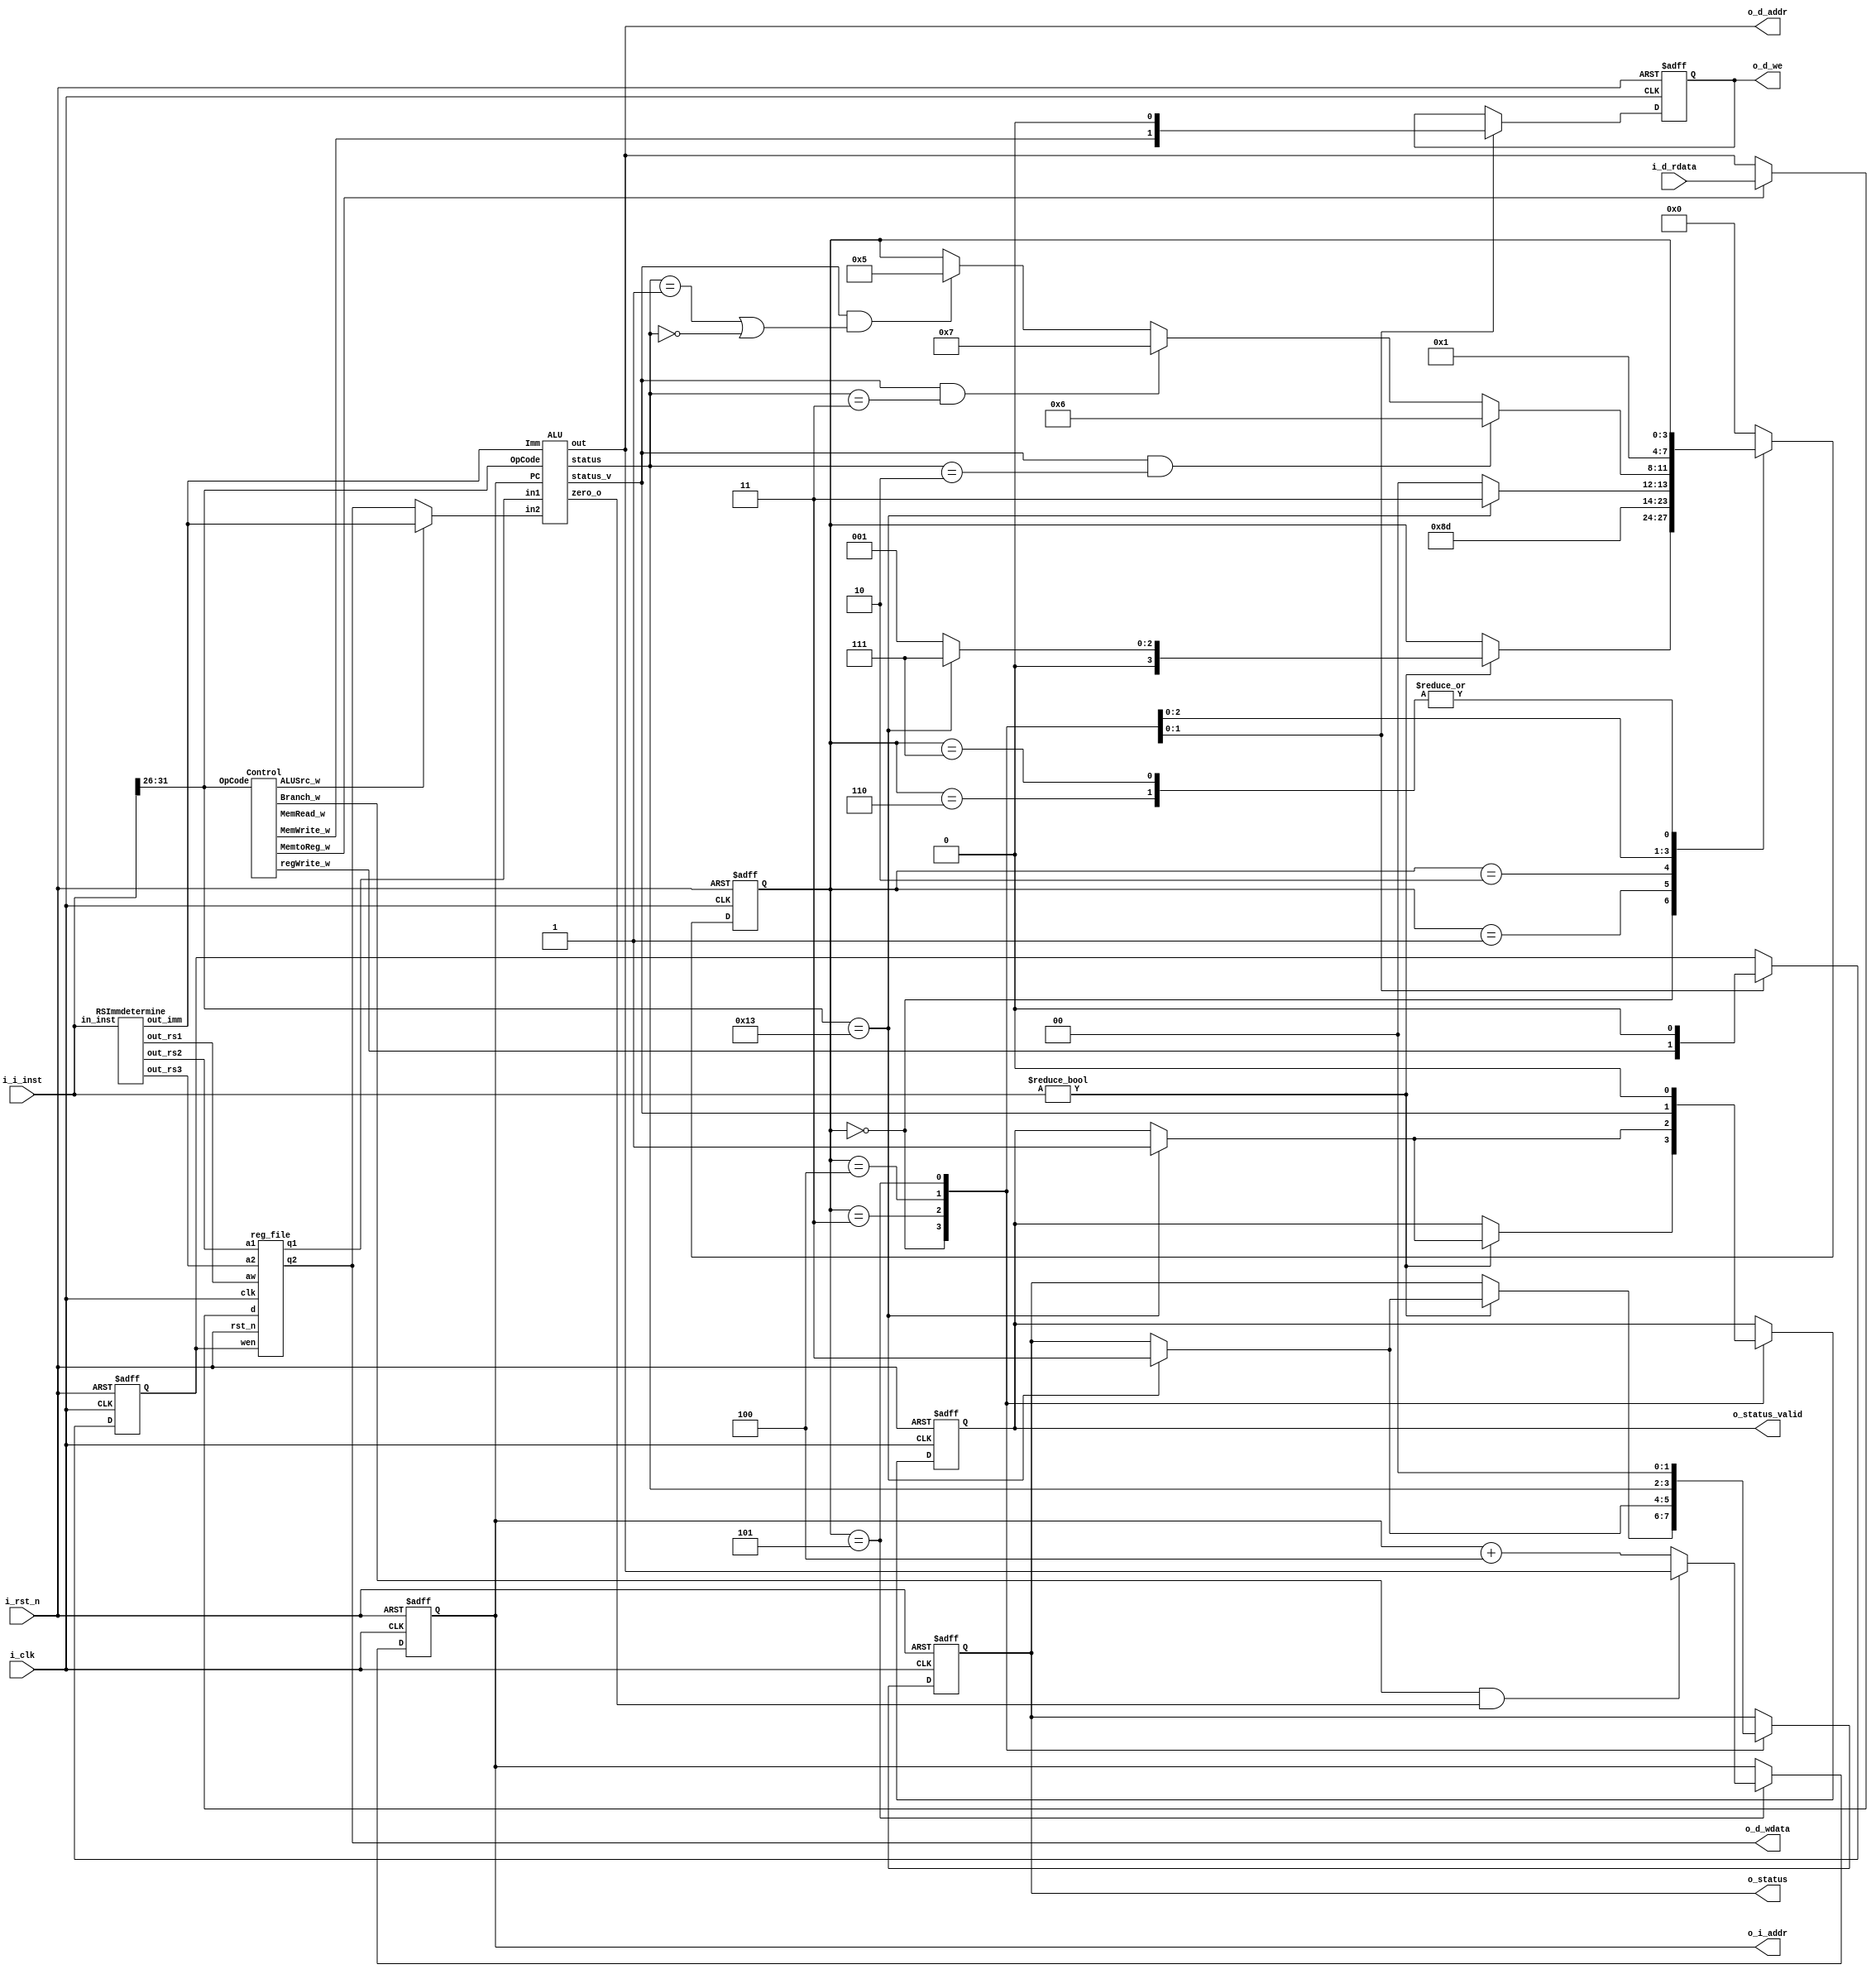
module core #(                             //Don't modify interface
	parameter ADDR_W = 32,
	parameter INST_W = 32,
	parameter DATA_W = 32
)(
	input                   i_clk,
	input                   i_rst_n,
	output [ ADDR_W-1 : 0 ] o_i_addr,
	input  [ INST_W-1 : 0 ] i_i_inst,
	output                  o_d_we,
	output [ ADDR_W-1 : 0 ] o_d_addr,
	output [ DATA_W-1 : 0 ] o_d_wdata,
	input  [ DATA_W-1 : 0 ] i_d_rdata,
	output [        1 : 0 ] o_status,
	output                  o_status_valid
);

// ---------------------------------------------------------------------------
// Wires and Registers
// ---------------------------------------------------------------------------
// ---- Add your own wires and registers here if needed ---- //
// Definition of states
parameter   IDLE    	= 4'd0;
parameter   INST_FETCH  = 4'd1;
parameter   INST_DECOD  = 4'd2;
parameter   ALU_LD     	= 4'd3;
parameter   DATA_WB     = 4'd4;
parameter   PC_NEXT		= 4'd5;
parameter   PROCESS_OVERFLOW = 4'd6;
parameter   PROCESS_END = 4'd7;
reg    [3:0]state, state_nxt;

// Regfile
reg    [ADDR_W-1:0] PC          ;             
reg    [ADDR_W-1:0] PC_nxt      ;              
wire          	  regWrite    ;              
wire   [ 4:0]     rs1, rs2, rs3;            
wire   [DATA_W-1:0] rs1_data    ;              
wire   [DATA_W-1:0] rs2_data    ;              
wire   [DATA_W-1:0] rs3_data     ;
// PC
wire   [DATA_W-1:0] PC_nxt_4;       // PC+4
// ImmediateGeneration
wire   [DATA_W-1:0] Immediate;      // immediate expansion
// Control
wire        Branch;
wire        MemRead;
wire        MemtoReg;
wire        MemWrite;
wire        WriteReg;
wire        ALUSrc;
// ALU
wire [DATA_W-1:0] PC_tmp;
wire [DATA_W-1:0] ALU_in1;
wire [DATA_W-1:0] ALU_in2;
wire [DATA_W-1:0] ALU_out;
wire        ALU_zero;
wire [1:0]	status;
wire		status_v;

reg  [1:0]	status_r, status_w;
reg		    status_v_r, status_v_w;
reg			MemWrite_r, MemWrite_w;
reg			regWrite_r, regWrite_w;
// ---------------------------------------------------------------------------
// Continuous Assignment
// ---------------------------------------------------------------------------
// ---- Add your own wire data assignments here if needed ---- //
assign o_i_addr 	  = PC;
assign o_d_we 		  = MemWrite_r;
assign o_d_addr 	  = ALU_out;
assign o_d_wdata 	  = rs3_data;
assign o_status 	  = status_r;
assign o_status_valid = status_v_r;

assign regWrite = regWrite_r;
assign rs1_data = ( (MemtoReg) ? i_d_rdata : ALU_out);
assign PC_tmp = PC;
assign PC_nxt_4 = (PC + 32'd4);
assign ALU_in1 = rs2_data;
assign ALU_in2 = (ALUSrc ? Immediate : rs3_data);

reg_file reg0(                           
    .clk(i_clk),                           
    .rst_n(i_rst_n),                       
    .wen(regWrite),                      
	.a1(rs2),                            
	.a2(rs3),                            
	.aw(rs1),                             
	.d(rs1_data),                         
	.q1(rs2_data),                       
	.q2(rs3_data));

RSImmdetermine rs0(
	.in_inst(i_i_inst),
	.out_rs1(rs1),
	.out_rs2(rs2),
	.out_rs3(rs3),
	.out_imm(Immediate));

Control c1(
	.OpCode(i_i_inst[31:26]), 
	.Branch_w(Branch),
	.MemRead_w(MemRead), 
	.MemtoReg_w(MemtoReg),	
	.MemWrite_w(MemWrite),
	.regWrite_w(WriteReg),
	.ALUSrc_w(ALUSrc));

ALU alu1(
	.OpCode(i_i_inst[31:26]),
	.PC(PC_tmp),
	.Imm(Immediate),
	.in1(ALU_in1), 
	.in2(ALU_in2), 
	.out(ALU_out),
	.zero_o(ALU_zero),
	.status(status),
	.status_v(status_v));
// ---------------------------------------------------------------------------
// Combinational Blocks
// ---------------------------------------------------------------------------
// ---- Write your conbinational block design here ---- //
always @(*)
begin
	status_w = status_r;
	status_v_w = status_v_r;
	MemWrite_w = MemWrite_r;
	regWrite_w = regWrite_r;
	case(state)
		IDLE:
		begin
			if(i_i_inst != 0)
			begin
				if( i_i_inst[31:26] == 6'd19 )
				begin
					status_w = 3;
					status_v_w = 1;
					PC_nxt = PC;
				    state_nxt = PROCESS_END;
				end
				else
				begin
					PC_nxt = PC;
					state_nxt = INST_FETCH;
				end
			end
			else
			begin
				PC_nxt = PC;
				state_nxt = state;
			end
		end
		INST_FETCH:
		begin
			PC_nxt = PC;
			state_nxt = INST_DECOD;
		end
		INST_DECOD:
		begin
			PC_nxt = PC;
			state_nxt = ALU_LD;
		end
		ALU_LD:
		begin
			if( i_i_inst[31:26] == 6'd19 )
				begin
					status_w = 3;
					status_v_w = 1;
					PC_nxt = PC;
				    state_nxt = PROCESS_END;
				end
			else
			begin	
				PC_nxt = PC;
				state_nxt = DATA_WB;
			end
		end
		DATA_WB:
		begin
			MemWrite_w = MemWrite;
			regWrite_w = WriteReg;
			status_w = status;
			status_v_w = status_v;
			if(status_v && (status == 2)) 
			begin
				PC_nxt = PC;
				state_nxt = PROCESS_OVERFLOW;
			end
			else if(status_v && (status ==3)) 
			begin
				PC_nxt = PC;
				state_nxt = PROCESS_END;
			end
			else if(status_v && (status == 1 || status == 0)) 
			begin
				PC_nxt = PC;
				state_nxt = PC_NEXT;
			end
			else
			begin
				PC_nxt = PC;
				state_nxt = state;
			end
		end
		PC_NEXT:
		begin
			status_w = 0;
			status_v_w = 0;
			MemWrite_w = 0;
			regWrite_w = 0;
			PC_nxt = (Branch && ALU_zero) ? ALU_out : PC_nxt_4;
			state_nxt = INST_FETCH;
		end
		PROCESS_OVERFLOW:
		begin
			PC_nxt = PC;
			state_nxt = state;
		end
		PROCESS_END:
		begin
			PC_nxt = PC;
			state_nxt = state;
		end
		default :
		begin
			PC_nxt = PC;
			state_nxt = IDLE;
		end
	endcase
end

// ---------------------------------------------------------------------------
// Sequential Block
// ---------------------------------------------------------------------------
// ---- Write your sequential block design here ---- //
always @(posedge i_clk or negedge i_rst_n) begin
	if (!i_rst_n) 
	begin
		PC <= 32'd0;
		state <= IDLE;
		status_r = 0;
		status_v_r = 0;
		MemWrite_r = 0;
		regWrite_r = 0;
	end
	else 
	begin
		PC <= PC_nxt;
		state <= state_nxt;
		status_r = status_w;
		status_v_r = status_v_w;
		MemWrite_r = MemWrite_w;
		regWrite_r = regWrite_w;
	end
end
endmodule

module reg_file(clk, rst_n, wen, a1, a2, aw, d, q1, q2);
    parameter BITS = 32;
    parameter word_depth = 32;
    parameter addr_width = 5; // 2^addr_width >= word_depth

    input clk, rst_n, wen; // wen: 0:read | 1:write
    input [BITS-1:0] d;
    input [addr_width-1:0] a1, a2, aw;

    output [BITS-1:0] q1, q2;

    reg [BITS-1:0] mem [0:word_depth-1];
    reg [BITS-1:0] mem_nxt [0:word_depth-1];

    integer i;

    assign q1 = mem[a1];
    assign q2 = mem[a2];

    always @(*) begin
        for (i=0; i<word_depth; i=i+1)
            mem_nxt[i] = (wen && (aw == i)) ? d : mem[i];
    end

    always @(posedge clk or negedge rst_n) begin
        if (!rst_n) begin
            for (i=0; i<word_depth; i=i+1)
            	mem[i] <= 32'h0;
        end
        else begin
            for (i=0; i<word_depth; i=i+1)
                mem[i] <= mem_nxt[i];
        end
    end
endmodule

module RSImmdetermine(in_inst, out_rs1, out_rs2, out_rs3, out_imm);
    input [31:0] in_inst;

	output reg [4:0] out_rs1;
	output reg [4:0] out_rs2;
	output reg [4:0] out_rs3;
	output reg [31:0] out_imm;

    always @(*)begin
        out_imm <= {{16{in_inst[15]}},in_inst[15:0]};
		if(in_inst[31:26] == 6'd0 ||
			in_inst[31:26] == 6'd1 ||
			in_inst[31:26] == 6'd2 ||
			in_inst[31:26] == 6'd3 ||
			in_inst[31:26] == 6'd7 ||
			in_inst[31:26] == 6'd8 ||
			in_inst[31:26] == 6'd9 ||
			in_inst[31:26] == 6'd12 ||
			in_inst[31:26] == 6'd13 ||
			in_inst[31:26] == 6'd14 )
		begin
			out_rs1 = in_inst[15:11];
			out_rs2 = in_inst[25:21];
			out_rs3 = in_inst[20:16];
		end
		else if(in_inst[31:26] == 6'd4 ||
				in_inst[31:26] == 6'd5 )
		begin
			out_rs1 = in_inst[20:16];
			out_rs2 = in_inst[25:21];
			out_rs3 = 0;
		end
		else
		begin 
			out_rs3 = in_inst[20:16];
			out_rs2 = in_inst[25:21];
			out_rs1 = 0;
		end
    end 
endmodule

module Control(OpCode, Branch_w, MemRead_w, MemtoReg_w,
             MemWrite_w, ALUSrc_w, regWrite_w);
	// Definition of operation
	parameter	OP_ADD  	= 6'd0;
	parameter	OP_SUB  	= 6'd1;
	parameter	OP_ADDU 	= 6'd2;
	parameter	OP_SUBU 	= 6'd3;
	parameter	OP_ADDI 	= 6'd4;
	parameter	OP_LW   	= 6'd5;
	parameter	OP_SW   	= 6'd6;
	parameter	OP_AND  	= 6'd7;
	parameter	OP_OR   	= 6'd8;
	parameter	OP_XOR  	= 6'd9;
	parameter	OP_BEQ  	= 6'd10;
	parameter	OP_BNE  	= 6'd11;
	parameter	OP_SLT  	= 6'd12;
	parameter	OP_SLL  	= 6'd13;
	parameter	OP_SRL  	= 6'd14;
	parameter	OP_BLT  	= 6'd15;
	parameter	OP_BGE  	= 6'd16;
	parameter	OP_BLTU 	= 6'd17;
	parameter	OP_BGEU 	= 6'd18;
	parameter	OP_EOF  	= 6'd19;

    input [5:0] OpCode;

	output Branch_w;          //beq
	output MemRead_w;         //lw
    output MemtoReg_w;        //lw
    output MemWrite_w;        //sw
	output regWrite_w;
    output ALUSrc_w;          //0: rs2, 1:immediate

    reg [5:0] control;
    
    assign {Branch_w, MemRead_w, MemtoReg_w, MemWrite_w, ALUSrc_w, regWrite_w} = control;

    always@(*) begin
        case(OpCode)
            OP_ADD :  control <= 6'b000001; //R-type
            OP_SUB :  control <= 6'b000001; //R-type
            OP_ADDU : control <= 6'b000001; //R-type
            OP_SUBU : control <= 6'b000001; //R-type
            OP_ADDI : control <= 6'b000011; //I-type
            OP_LW :   control <= 6'b011011; //I-type
            OP_SW :   control <= 6'b000110; //I-type
            OP_AND :  control <= 6'b000001; //R-type
			OP_OR :   control <= 6'b000001; //R-type
			OP_XOR :  control <= 6'b000001; //R-type
            OP_BEQ :  control <= 6'b100000; //I-type
            OP_BNE :  control <= 6'b100000; //I-type
            OP_SLT :  control <= 6'b000001; //R-type
            OP_SLL :  control <= 6'b000001; //R-type
            OP_SRL :  control <= 6'b000001; //R-type
            OP_BLT :  control <= 6'b100000; //I-type
            OP_BGE :  control <= 6'b100000; //I-type
			OP_BLTU : control <= 6'b100000; //I-type
			OP_BGEU : control <= 6'b100000; //I-type
			OP_EOF :  control <= 6'b111111; //EOF
            default:  control <= 6'bxxxxxx;
    endcase
    end
endmodule

module ALU(PC, Imm, OpCode, in1, in2, out, zero_o, status, status_v);
	// Definition of operation
	parameter	OP_ADD  	= 6'd0;
	parameter	OP_SUB  	= 6'd1;
	parameter	OP_ADDU 	= 6'd2;
	parameter	OP_SUBU 	= 6'd3;
	parameter	OP_ADDI 	= 6'd4;
	parameter	OP_LW   	= 6'd5;
	parameter	OP_SW   	= 6'd6;
	parameter	OP_AND  	= 6'd7;
	parameter	OP_OR   	= 6'd8;
	parameter	OP_XOR  	= 6'd9;
	parameter	OP_BEQ  	= 6'd10;
	parameter	OP_BNE  	= 6'd11;
	parameter	OP_SLT  	= 6'd12;
	parameter	OP_SLL  	= 6'd13;
	parameter	OP_SRL  	= 6'd14;
	parameter	OP_BLT  	= 6'd15;
	parameter	OP_BGE  	= 6'd16;
	parameter	OP_BLTU 	= 6'd17;
	parameter	OP_BGEU 	= 6'd18;
	parameter	OP_EOF  	= 6'd19;
	parameter 	DATA_W 		= 32;

	input [DATA_W-1:0]PC;
	input [DATA_W-1:0]Imm;
    input [5:0] OpCode;
    input [DATA_W-1:0]in1, in2;

	output reg [DATA_W-1:0] out;
	output reg            	zero_o;
	output reg [1:0]      	status;
	output reg        		status_v;

	reg [DATA_W:0] sum_temp;

    always @(*)begin
		zero_o = 0;
		case(OpCode)
				OP_ADD :
				begin
					sum_temp = {in1[DATA_W-1], in1} + {in2[DATA_W-1], in2};
					out = (~sum_temp[DATA_W] & sum_temp[DATA_W-1]) ? 32'b0111_1111_1111_1111_1111_1111_1111_1111:
						  (sum_temp[DATA_W] & ~sum_temp[DATA_W-1]) ? 32'b1000_0000_0000_0000_0000_0000_0000_0000:
						  in1 + in2;
					if(sum_temp[DATA_W] ^ sum_temp[DATA_W-1])
					begin
						status = 2;
						status_v = 1;
					end
					else
					begin
						status = 0;
						status_v = 1;
					end
				end
				OP_SUB :
				begin
					sum_temp  = {in1[DATA_W-1], in1} + (~{in2[DATA_W-1], in2} +1 );
					out = (~sum_temp[DATA_W] & sum_temp[DATA_W-1]) ? 32'b0111_1111_1111_1111_1111_1111_1111_1111:
						  (sum_temp[DATA_W] & ~sum_temp[DATA_W-1]) ? 32'b1000_0000_0000_0000_0000_0000_0000_0000:
						  in1 - in2;

					if(sum_temp[DATA_W] ^ sum_temp[DATA_W-1])
					begin
						status = 2;
						status_v = 1;
					end
					else
					begin
						status = 0;
						status_v = 1;
					end
				end
				OP_ADDU :
				begin
					sum_temp  = {1'b0, in1} + {1'b0, in2};
					out = (sum_temp[DATA_W]) ? 32'hffff_ffff:
						  in1 + in2;

					if(sum_temp[DATA_W])
					begin
						status = 2;
						status_v = 1;
					end
					else
					begin
						status = 0;
						status_v = 1;
					end
				end
				OP_SUBU :
				begin
					sum_temp = 0;
					out = (in1 < in2) ? 32'd0:
						  in1 - in2;
					
					if(in1 < in2)
					begin
						status = 2;
						status_v = 1;
					end
					else
					begin
						status = 0;
						status_v = 1;
					end
				end
				OP_ADDI :
				begin
					sum_temp  = {in1[DATA_W-1], in1} + {in2[DATA_W-1], in2};
					out = (~sum_temp[DATA_W] & sum_temp[DATA_W-1]) ? 32'b0111_1111_1111_1111_1111_1111_1111_1111:
						  (sum_temp[DATA_W] & ~sum_temp[DATA_W-1]) ? 32'b1000_0000_0000_0000_0000_0000_0000_0000:
						  in1 + in2;

					if(sum_temp[DATA_W] ^ sum_temp[DATA_W-1])
					begin
						status = 2;
						status_v = 1;
					end
					else
					begin
						status = 1;
						status_v = 1;
					end
				end
				OP_LW :
				begin
					sum_temp  = {in1[DATA_W-1], in1} + {in2[DATA_W-1], in2};
					out = (~sum_temp[DATA_W] & sum_temp[DATA_W-1]) ? 32'b0111_1111_1111_1111_1111_1111_1111_1111:
						  (sum_temp[DATA_W] & ~sum_temp[DATA_W-1]) ? 32'b1000_0000_0000_0000_0000_0000_0000_0000:
						  in1 + in2;

					if((sum_temp[DATA_W] ^ sum_temp[DATA_W-1]) || (out[DATA_W-1:2] > 63))
					begin
						status = 2;
						status_v = 1;
					end
					else
					begin
						status = 1;
						status_v = 1;
					end
				end
				OP_SW :
				begin
					sum_temp  = {in1[DATA_W-1], in1} + {in2[DATA_W-1], in2};
					out = (~sum_temp[DATA_W] & sum_temp[DATA_W-1]) ? 32'b0111_1111_1111_1111_1111_1111_1111_1111:
						  (sum_temp[DATA_W] & ~sum_temp[DATA_W-1]) ? 32'b1000_0000_0000_0000_0000_0000_0000_0000:
						  in1 + in2;

					if((sum_temp[DATA_W] ^ sum_temp[DATA_W-1]) || (out[DATA_W-1:2] > 63))
					begin
						status = 2;
						status_v = 1;
					end
					else
					begin
						status = 1;
						status_v = 1;
					end
				end
				OP_AND :
				begin
					sum_temp = 0;
					out = in1 & in2;
					status = 0;
					status_v = 1;
				end
				OP_OR :
				begin
					sum_temp = 0;
					out = in1 | in2;
					status = 0;
					status_v = 1;
				end
				OP_XOR :
				begin
					sum_temp = 0;
					out = in1 ^ in2;
					status = 0;
					status_v = 1;
				end
				OP_BEQ :
				begin
					sum_temp  = {PC[DATA_W-1], PC} + {Imm[DATA_W-1], Imm};
					out = PC + Imm;
					if(in1 == in2)
					begin
						if( (out[DATA_W-1:2] > 1023) || (sum_temp[DATA_W] ^ sum_temp[DATA_W-1]) )
						begin
							status = 2;
							status_v = 1;
						end
						else
						begin
							zero_o = 1;
							status = 1;
							status_v = 1;
						end
					end
					else
					begin
						status = 1;
						status_v = 1;
					end
				end
				OP_BNE :
				begin
					sum_temp  = {PC[DATA_W-1], PC} + {Imm[DATA_W-1], Imm};
					out = PC + Imm;
					if(in1 != in2)
					begin
						if( (out[DATA_W-1:2] > 1023) || (sum_temp[DATA_W] ^ sum_temp[DATA_W-1]) )
						begin
							status = 2;
							status_v = 1;
						end
						else
						begin
							zero_o = 1;
							status = 1;
							status_v = 1;
						end
					end
					else
					begin
						status = 1;
						status_v = 1;
					end
				end
				OP_SLT :
				begin
					out = (in1[DATA_W-1] ^ in2[DATA_W-1]) ?
						(in1[DATA_W-1] == 1'b0) ? 32'd0 : 32'd1:
						(in1 < in2) ? 32'd1 : 32'd0;
					sum_temp = 0;
					status = 0;
					status_v = 1;
				end
				OP_SLL :
				begin
					out = in1 << in2;
					sum_temp = 0;
					status = 0;
					status_v = 1;
				end
				OP_SRL :
				begin
					out = in1 >> in2;
					sum_temp = 0;
					status = 0;
					status_v = 1;
				end
				OP_BLT :
				begin
					sum_temp  = {PC[DATA_W-1], PC} + {Imm[DATA_W-1], Imm};
					out = PC + Imm;
					if((((in1[DATA_W-1] ^ in2[DATA_W-1]) && (in1[DATA_W-1] == 1'b1))
						|| (in2 < in1)))
					begin
						if( (out[DATA_W-1:2] > 1023) || (sum_temp[DATA_W] ^ sum_temp[DATA_W-1]) )
							begin
								status = 2;
								status_v = 1;
							end
						else
							begin
								zero_o = 1;
								status = 1;
								status_v = 1;
							end
					end
					else
					begin
						status = 1;
						status_v = 1;
					end
				end
				OP_BGE :
				begin
					out = PC + Imm;
					sum_temp  = {PC[DATA_W-1], PC} + {Imm[DATA_W-1], Imm};

					if(( ( (in1[DATA_W-1] ^ in2[DATA_W-1]) && (in1[DATA_W-1] == 1'b0))
						|| (in2 >= in1) ) )
					begin
						if( (out[DATA_W-1:2] > 1023) || (sum_temp[DATA_W] ^ sum_temp[DATA_W-1]) )
							begin
								status = 2;
								status_v = 1;
							end
						else
							begin
								zero_o = 1;
								status = 1;
								status_v = 1;
							end
					end
					else
					begin
						status = 1;
						status_v = 1;
					end
				end
				OP_BLTU :
				begin
					out = PC + Imm;
					sum_temp  = {PC[DATA_W-1], PC} + {Imm[DATA_W-1], Imm};

					if(in2 < in1)
					begin
						if( (out[DATA_W-1:2] > 1023) || (sum_temp[DATA_W] ^ sum_temp[DATA_W-1]) )
							begin
								status = 2;
								status_v = 1;
							end
						else
							begin
								zero_o = 1;
								status = 1;
								status_v = 1;
							end
					end
					else
					begin
						status = 1;
						status_v = 1;
					end
				end
				OP_BGEU :
				begin
					out = PC + Imm;
					sum_temp  = {PC[DATA_W-1], PC} + {Imm[DATA_W-1], Imm};

					if(in2 >= in1)
					begin
						if( (out[DATA_W-1:2] > 1023) || (sum_temp[DATA_W] ^ sum_temp[DATA_W-1]) )
							begin
								status = 2;
								status_v = 1;
							end
						else
							begin
								zero_o = 1;
								status = 1;
								status_v = 1;
							end
					end
					else
					begin
						status = 1;
						status_v = 1;
					end
				end
				default :
				begin
					out = 0;
					sum_temp = 0;
					status = 1;
					status_v = 1;
				end
		endcase
    end
endmodule